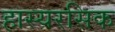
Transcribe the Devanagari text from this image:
हास्यरसिक